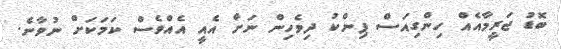
ބޮޑު ޖަރީމާއެއް ހިންގިއަސް ޕިންކު ދިވެހިން ނަށް އެއީ އެއްވެސް ކަމަކަށް ނުވާނެ.